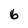
Character: 6